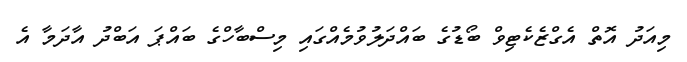
މިއަދު އޮތް އެގްޒެކެޓިވް ބޯޑުގެ ބައްދަލުވުމެއްގައި މިސްބާހްގެ ބައްޕަ އަބްދު އާދަމާ އެ